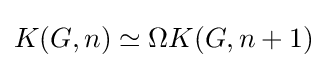
K(G,n)\simeq \Omega K(G,n+1)